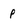
Character: p